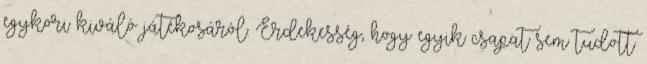
egykori kiváló játékosáról. Érdekesség, hogy egyik csapat sem tudott